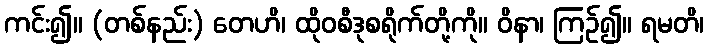
ကင်း၍။ (တစ်နည်း) တေဟိ၊ ထိုဝစီဒုစရိုက်တို့ကို။ ဝိနာ၊ ကြဉ်၍။ ရမတိ၊